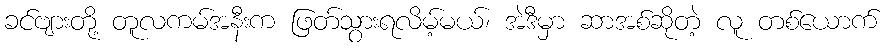
ခင်ဗျားတို့ တူလကမ်အနီးက ဖြတ်သွားရလိမ့်မယ်၊ အဲဒီမှာ ဆာအစ်ဆိုတဲ့ လူ တစ်ယောက်